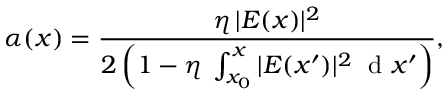
\alpha ( x ) = \frac { \eta \, | E ( x ) | ^ { 2 } } { 2 \left( 1 - \eta \; \int _ { x _ { 0 } } ^ { x } | E ( x ^ { \prime } ) | ^ { 2 } \; \mathrm { ~ d ~ } x ^ { \prime } \right) } ,